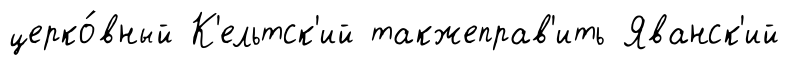
церко́вный К'ельтск'ий такжеправ'ить Яванск'ий